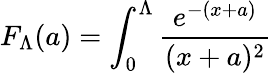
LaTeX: F_{\Lambda}(a)=\int_{0}^{\Lambda}\frac{e^{-(x+a)}}{(x+a)^{2}}